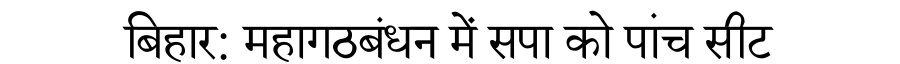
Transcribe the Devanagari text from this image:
बिहार: महागठबंधन में सपा को पांच सीट